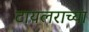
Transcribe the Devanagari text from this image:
टायलराच्या